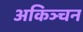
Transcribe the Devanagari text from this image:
अकिञ्चन